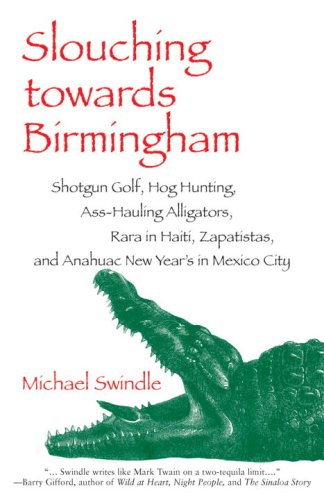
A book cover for Slouching towards Birmingham: Shotgun Golf, Hog Hunting, Ass-Hauling Alligators, Rara in Haiti, Zapatistas, and Anahuac New Year's in Mexico City; Michael Swindle; Travel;